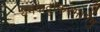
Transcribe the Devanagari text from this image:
यमकदुष्करमार्गेषु